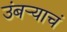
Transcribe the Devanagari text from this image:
उंबऱ्याचं